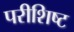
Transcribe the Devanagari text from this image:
परीशिष्ट